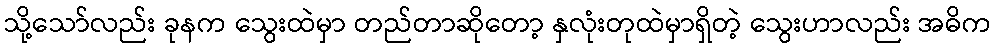
သို့သော်လည်း ခုနက သွေးထဲမှာ တည်တာဆိုတော့ နှလုံးတုထဲမှာရှိတဲ့ သွေးဟာလည်း အဓိက